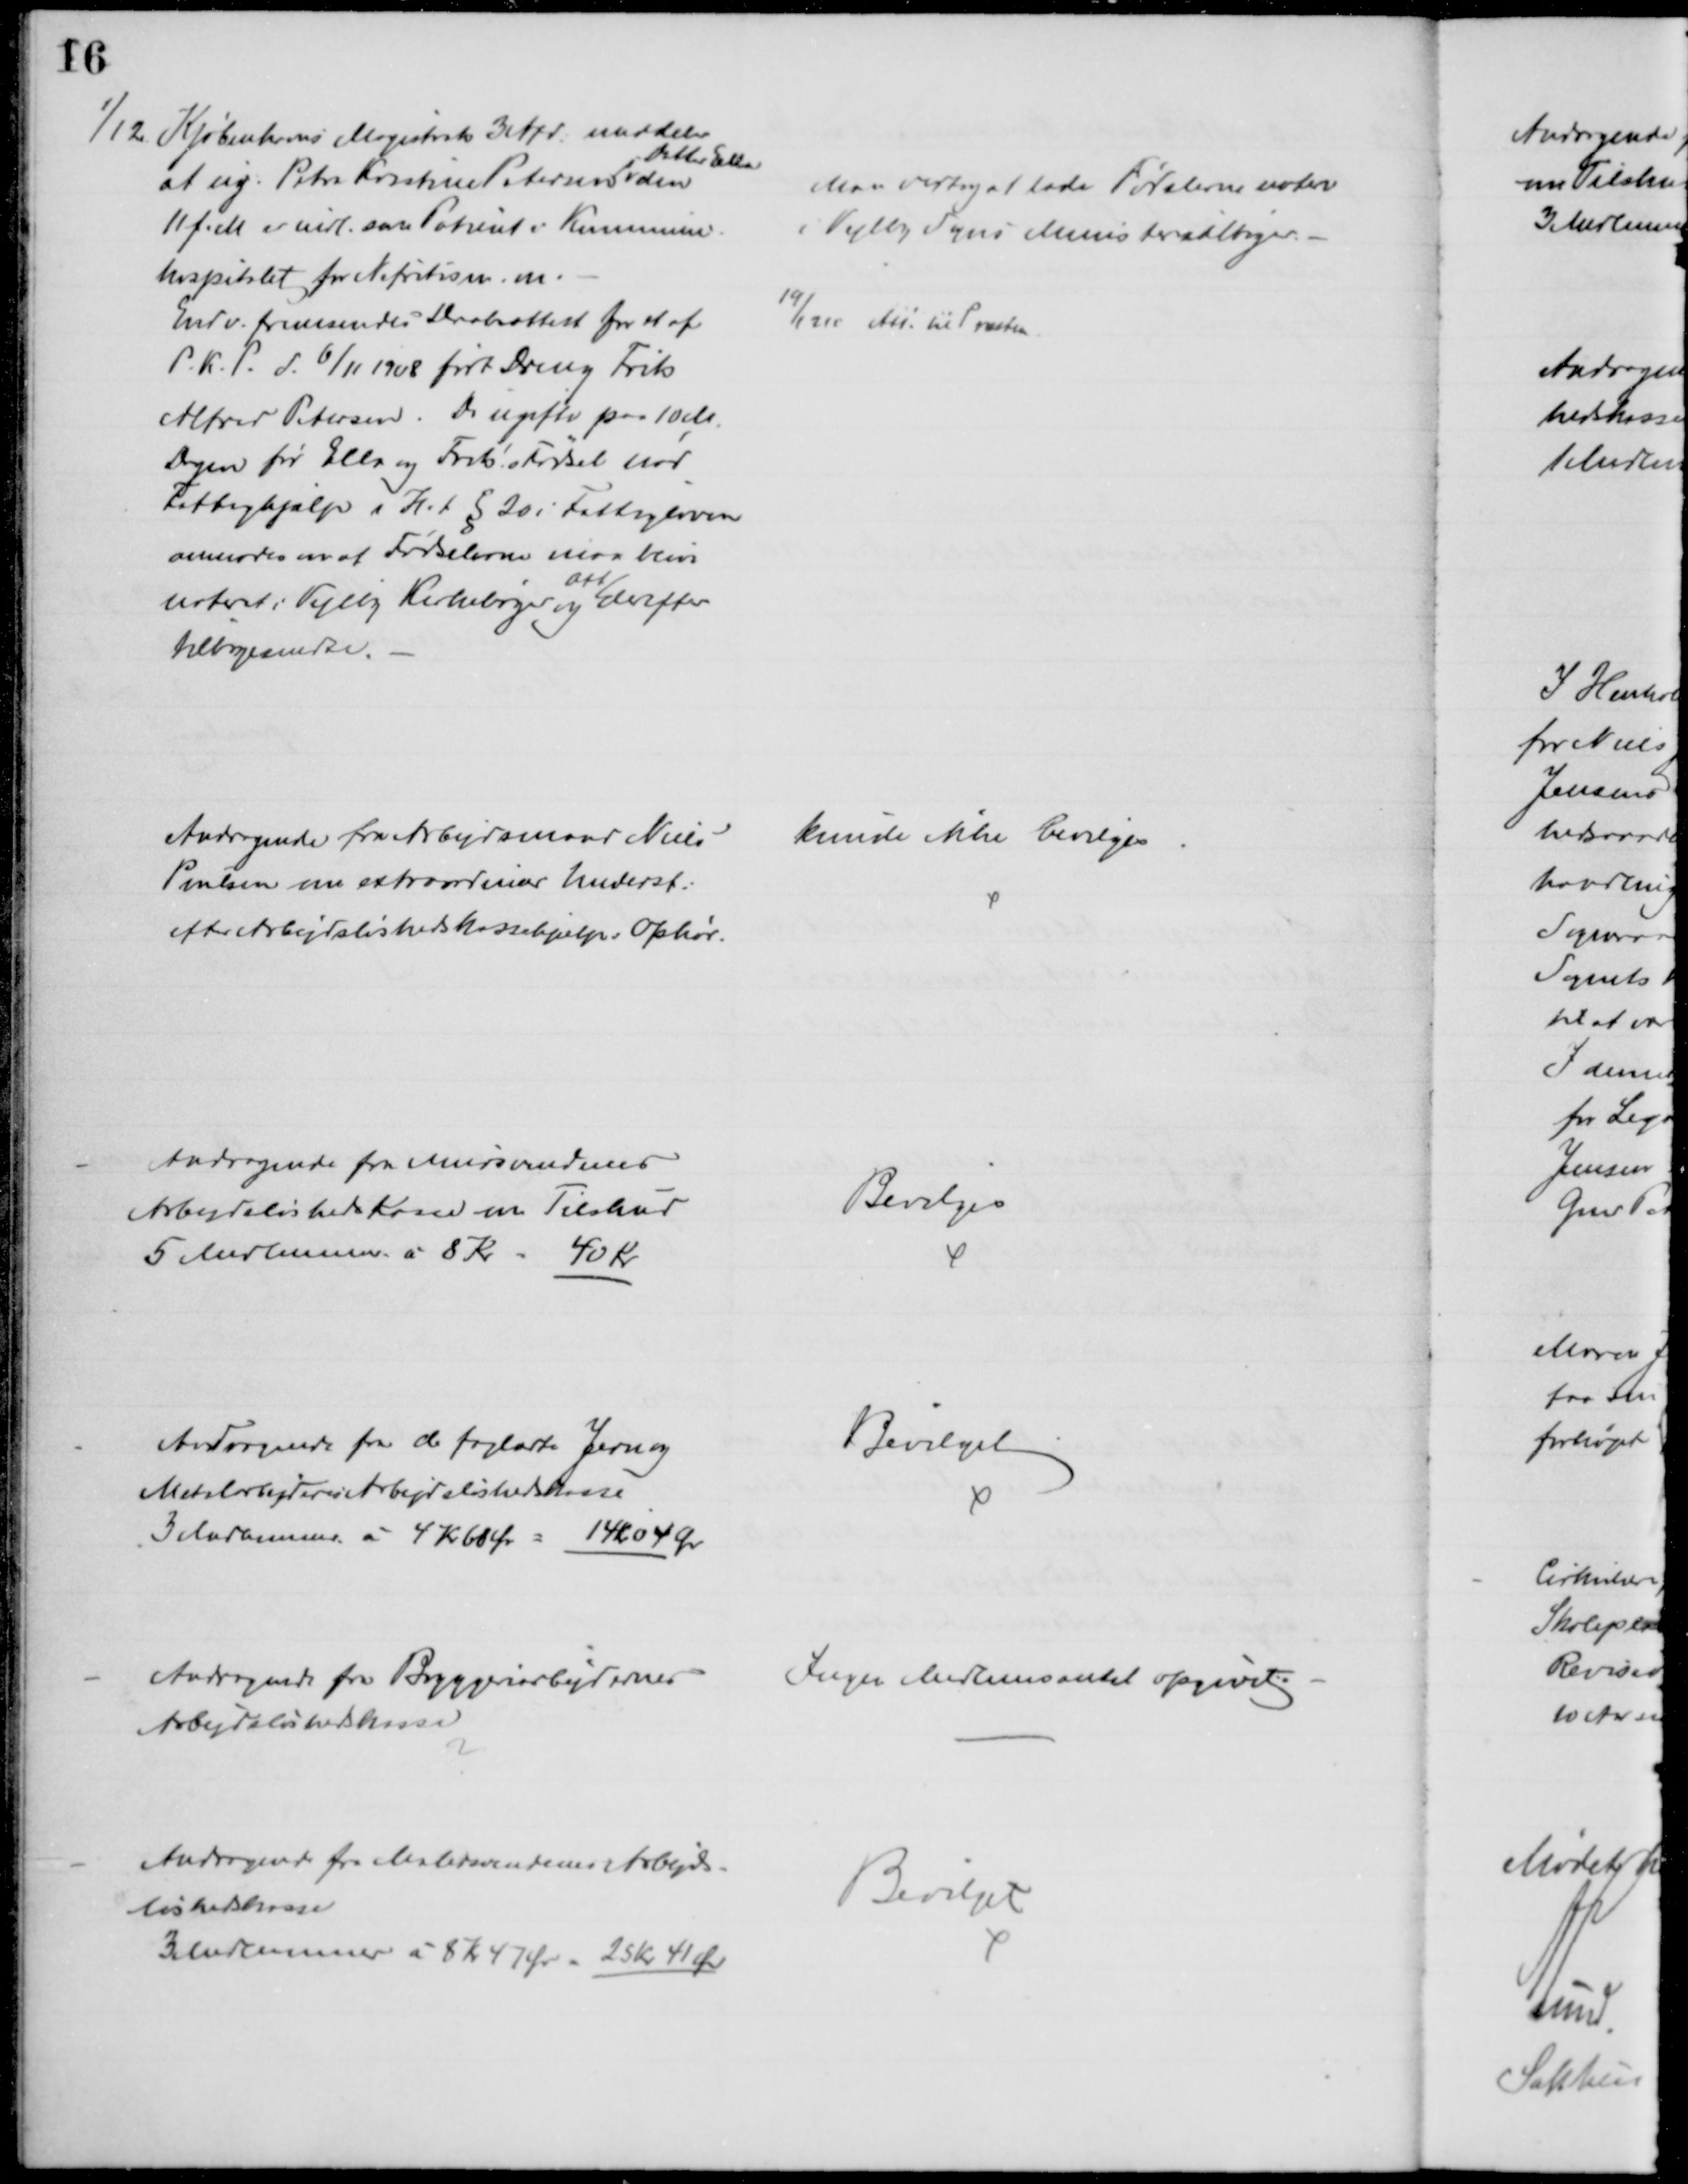
Transskription:
1/12. Kjøbenhavns Magistrat 3 Afd. meddeler
at ug. Petra Kirstine Petersens 
Datter Ella
den
11 f. M er indl. som Patient i Kommune-
hospitalet for Nefritis m. m.
Endv. fremsendes Daabsattest for et af
P.K.P. d. 6/11 1908 født Dreng Frits
Alfred Petersen. Da ugifte paa 10 M.
Dagen før Ella og Frits' Fødsel nød
Fattighjælp i H. t. § 20 i Fattigloven
anmodes en at Fødselerne maa blive
noteret i Vejlby Kirkebøger og
Att
derefter
tilbagesendte.
Man vedtog at lade Fødslerne notere
i Vejlby Sogns Ministerialbøger.
19/12 10 Att. til Præsten.
Andragende fra Arbejdsmand Niels
Poulsen om extraordinær Underst.
efter Arbejdsløshedskassehjælps Ophør.
kunde ikke bevilges
Andragende fra Mursvendenes
Arbejdsløshedskasse om Tilskud
5 Medlemmer a 8 Kr = 40 Kr.
Bevilges
Andragende fra de faglærte Jern og
Metalarbejderes Arbejdsløshedskasse
3 Medlemmer a 4 Kr 60 Ør = 14 kr 04 Øre
Bevilget
Andragende fra Bryggeriarbejdernes
Arbejdsløshedskasse
Ingen Medlemsantal opgivet.
Andragende fra Malersvendenes Arbejds-
løshedskasse
3 Medlemmer á 8 Kr 47 Ør = 25 Kr 41 Øre
Bevilget